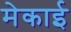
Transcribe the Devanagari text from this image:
मेकाई